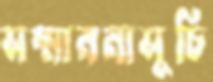
সম্মাননাসূচি